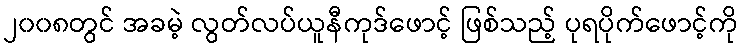
၂၀၀၈တွင် အခမဲ့ လွတ်လပ်ယူနီကုဒ်ဖောင့် ဖြစ်သည့် ပုရပိုက်ဖောင့်ကို